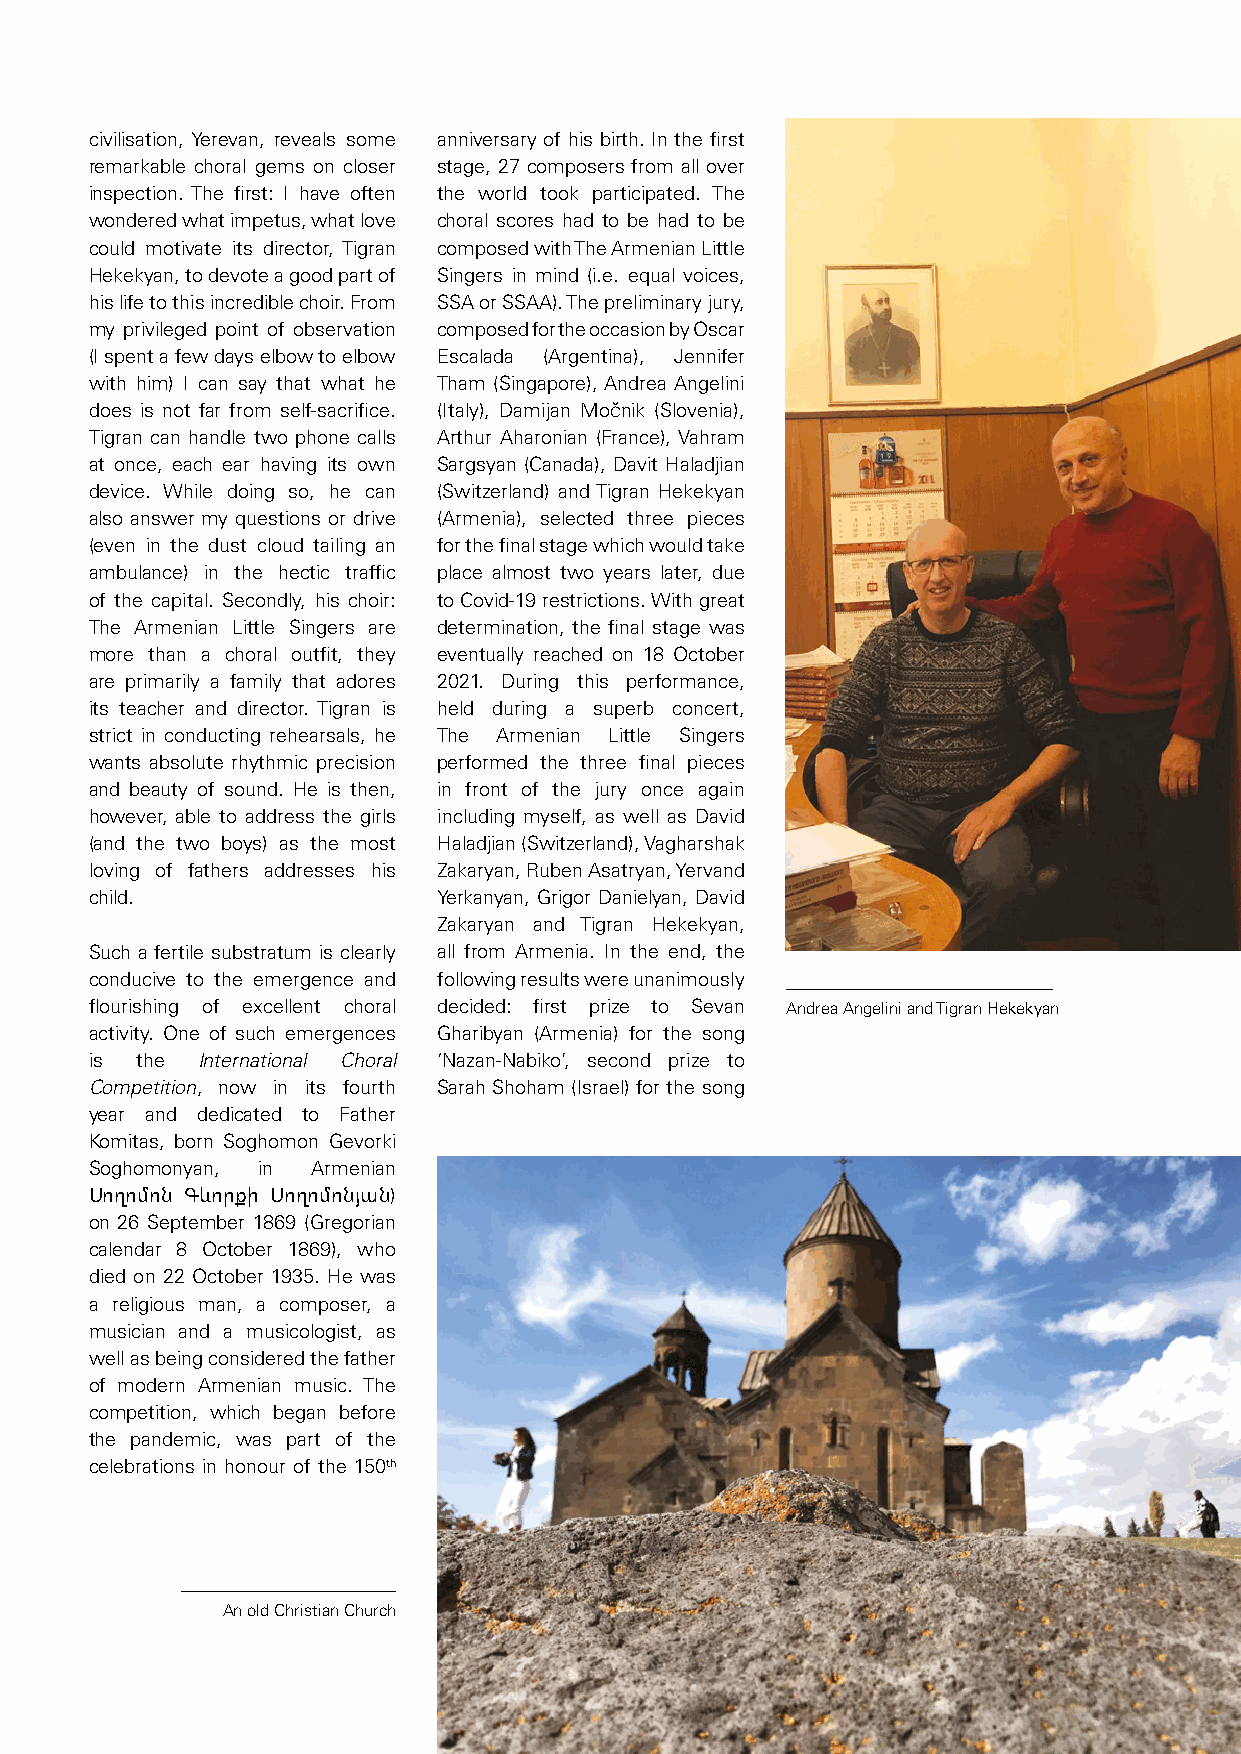
civilisation, Yerevan, reveals some anniversary of his birth. In the first
 remarkable choral gems on closer stage, 27 composers from all over
 inspection. The first: I have often the world took participated. The
 wondered what impetus, what love choral scores had to be had to be
 could motivate its director, Tigran composed with The Armenian Little
 Hekekyan, to devote a good part of Singers in mind (i.e. equal voices,
 his life to this incredible choir. From SSA or SSAA). The preliminary jury,
 my privileged point of observation composed for the occasion by Oscar
 (I spent a few days elbow to elbow Escalada (Argentina), Jennifer
 with him) I can say that what he Tham (Singapore), Andrea Angelini
 does is not far from self-sacrifice. (Italy), Damijan Močnik (Slovenia),
 Tigran can handle two phone calls Arthur Aharonian (France), Vahram
 at once, each ear having its own Sargsyan (Canada), Davit Haladjian
 device. While doing so, he can (Switzerland) and Tigran Hekekyan
 also answer my questions or drive (Armenia), selected three pieces
 (even in the dust cloud tailing an for the final stage which would take
 ambulance) in the hectic traffic place almost two years later, due
 of the capital. Secondly, his choir: to Covid-19 restrictions. With great
 The Armenian Little Singers are determination, the final stage was
 more than a choral outfit, they eventually reached on 18 October
 are primarily a family that adores 2021. During this performance,
 its teacher and director. Tigran is held during a superb concert,
 strict in conducting rehearsals, he The Armenian Little Singers
 wants absolute rhythmic precision performed the three final pieces
 and beauty of sound. He is then, in front of the jury once again
 however, able to address the girls including myself, as well as David
 (and the two boys) as the most Haladjian (Switzerland), Vagharshak
 loving of fathers addresses his Zakaryan, Ruben Asatryan, Yervand
 child.                 Yerkanyan, Grigor Danielyan, David
 Zakaryan and Tigran Hekekyan,
 Such a fertile substratum is clearly all from Armenia. In the end, the
 conducive to the emergence and following results were unanimously
 flourishing of excellent choral decided: first prize to Sevan Andrea Angelini and Tigran Hekekyan
 activity. One of such emergences Gharibyan (Armenia) for the song
 is the International Choral ‘Nazan-Nabiko’, second prize to
 Competition, now in its fourth Sarah Shoham (Israel) for the song
 year and dedicated to Father
 Komitas, born Soghomon Gevorki
 Soghomonyan, in Armenian
 Սողոմոն Գևորքի Սողոմոնյան)
 on 26 September 1869 (Gregorian
 calendar 8 October 1869), who
 died on 22 October 1935. He was
 a religious man, a composer, a
 musician and a musicologist, as
 well as being considered the father
 of modern Armenian music. The
 competition, which began before
 the pandemic, was part of the
 celebrations in honour of the 150th
 An old Christian Church
 45